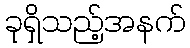
ခုရှိသည့်အနက်